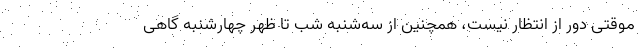
موقتی دور از انتظار نیست، همچنین از سه‌شنبه شب تا ظهر چهارشنبه گاهی